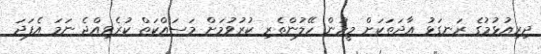
ދިރިއުޅުމުގެ ރަނގަޅު އާދަތަކަށް މީހުން ހޭލުންތެރި ކުރުވުމަށް މަސައްކަތް ކުރެވިއްޖެ ނަމަ އެފަދަ